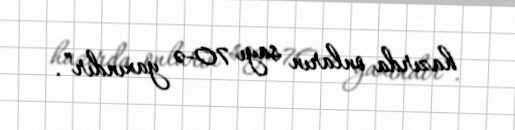
hazırda onların sayı 70-ə yaxındır”.